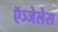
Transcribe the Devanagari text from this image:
ऍञ्जेलेस